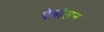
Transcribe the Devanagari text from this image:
ऐडीसन